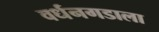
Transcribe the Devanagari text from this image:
वर्धनगडाला